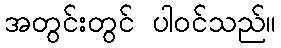
အတွင်းတွင် ပါဝင်သည်။